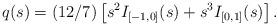
LaTeX: \begin{align*}q(s)=(12/7)\left[s^{2}I_{[-1,0]}(s)+s^{3}I_{[0,1]}(s)\right].\end{align*}